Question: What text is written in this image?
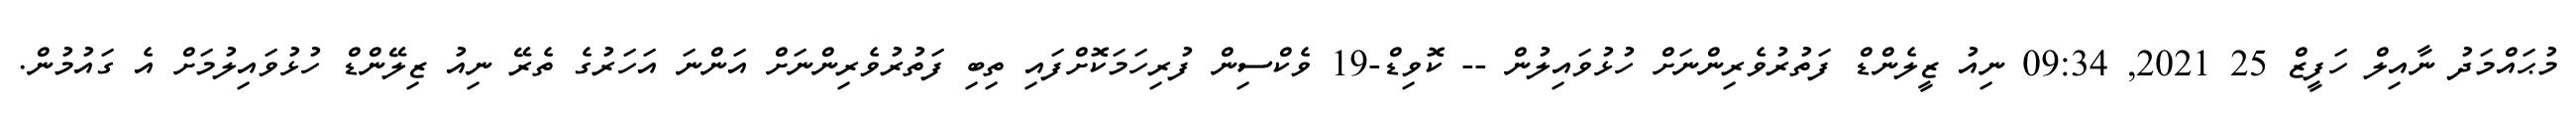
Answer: މުޙައްމަދު ނާއިލް ހަފީޒް 25 2021, 09:34 ނިއު ޒީލެންޑް ފަތުރުވެރިންނަށް ހުޅުވައިލުން -- ކޮވިޑް-19 ވެކްސިން ފުރިހަމަކޮށްފައި ތިބި ފަތުރުވެރިންނަށް އަންނަ އަހަރުގެ ތެރޭ ނިއު ޒިލޭންޑް ހުޅުވައިލުމަށް އެ ގައުމުން.